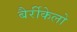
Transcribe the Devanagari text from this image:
बैर्रीकेलो